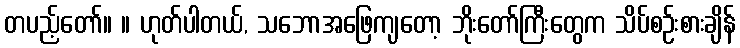
တပည့်တော်။ ။ ဟုတ်ပါတယ်, သဘောအဖြေကျတော့ ဘိုးတော်ကြီးတွေက သိပ်စဉ်းစားချိန်